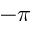
- \pi